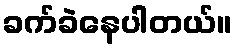
ခက်ခဲနေပါတယ်။